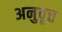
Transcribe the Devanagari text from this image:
अनुवृत्त